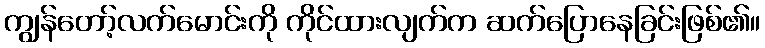
ကျွန်တော့်လက်မောင်းကို ကိုင်ထားလျက်က ဆက်ပြောနေခြင်းဖြစ်၏။